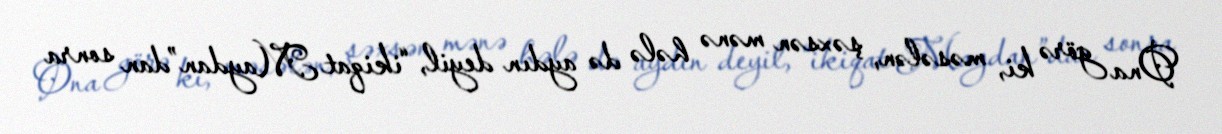
Ona görə ki, məsələn, şəxsən mənə hələ də aydın deyil, “ikiqat Maydan”dan sonra